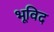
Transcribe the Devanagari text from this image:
भूविद